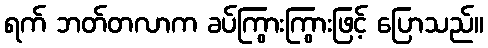
ရက် ဘတ်တလာက ခပ်ကြွားကြွားဖြင့် ပြောသည်။